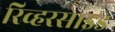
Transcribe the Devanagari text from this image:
रिव्हरसाइड